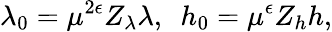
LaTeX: \lambda_{0}=\mu^{2\epsilon}Z_{\lambda}\lambda,~~h_{0}=\mu^{\epsilon}Z_{h}h,